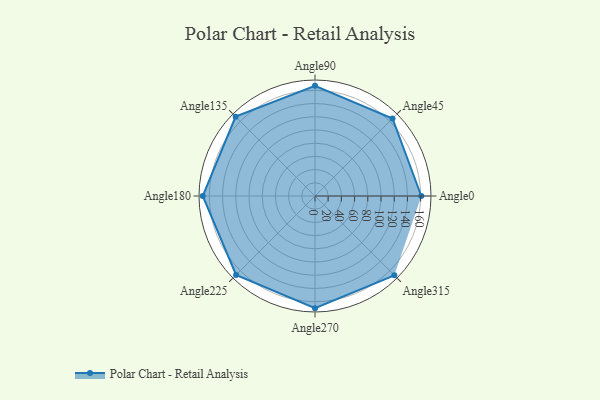
{"axis": {"x": "Angle", "y": "Radius"}, "legend": [""], "data": [{"x": "Angle0", "y": 161.0, "type": ""}, {"x": "Angle45", "y": 166.0, "type": ""}, {"x": "Angle90", "y": 167.0, "type": ""}, {"x": "Angle135", "y": 170, "type": ""}, {"x": "Angle180", "y": 170.0, "type": ""}, {"x": "Angle225", "y": 169.0, "type": ""}, {"x": "Angle270", "y": 170, "type": ""}, {"x": "Angle315", "y": 170, "type": ""}]}